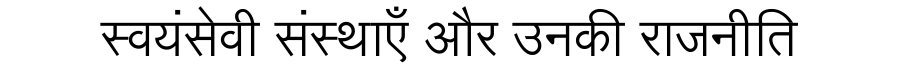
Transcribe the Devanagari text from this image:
स्वयंसेवी संस्थाएँ और उनकी राजनीति